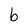
Character: b